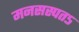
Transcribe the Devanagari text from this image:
मनसस्पतऽ